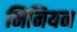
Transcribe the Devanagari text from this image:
मिनियन